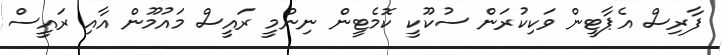
ފާރިސް އެޕާޓީން ވަކިކުރަން ސުކޫކީ ކޮމެޓީން ނިންމީ ރައީސް މައުމޫން އާއި ރައީސް